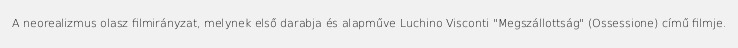
A neorealizmus olasz filmirányzat, melynek első darabja és alapműve Luchino Visconti "Megszállottság" (Ossessione) című filmje.